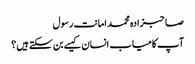
صاحبزادہ محمد امانت رسول
آپ کامیاب انسان کیسے بن سکتے ہیں؟